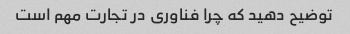
توضیح دهید که چرا فناوری در تجارت مهم است